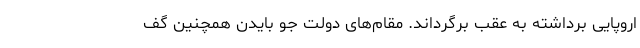
اروپایی برداشته به عقب برگرداند. مقام‌های دولت جو بایدن همچنین گف